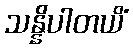
သန္နိပါတယိံ